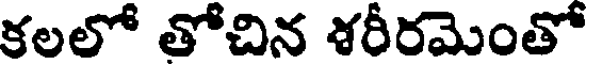
కలలో తోచిన శరీరమెంతో